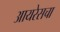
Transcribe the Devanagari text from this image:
आयरेसचा